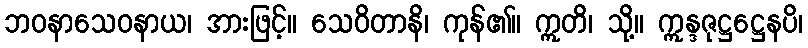
ဘဝနာသေဝနာယ၊ အားဖြင့်။ သေဝိတာနိ၊ ကုန်၏။ ဣတိ၊ သို့။ ဣန္ဒဇုဋ္ဌဋ္ဌေနပိ၊